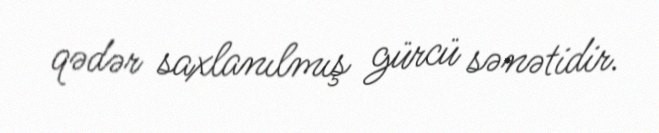
qədər saxlanılmış gürcü sənətidir.